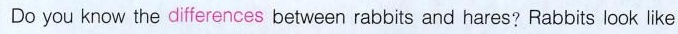
Do you know the differences between rabbits and hares? Rabbits look like